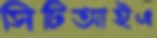
সিটিআইএ